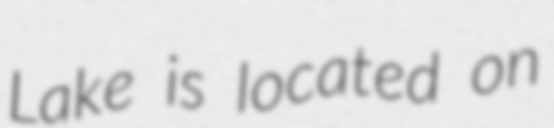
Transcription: Lake is located on